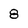
Character: 8